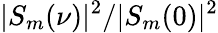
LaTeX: |S_{m}(\nu)|^{2}/|S_{m}(0)|^{2}